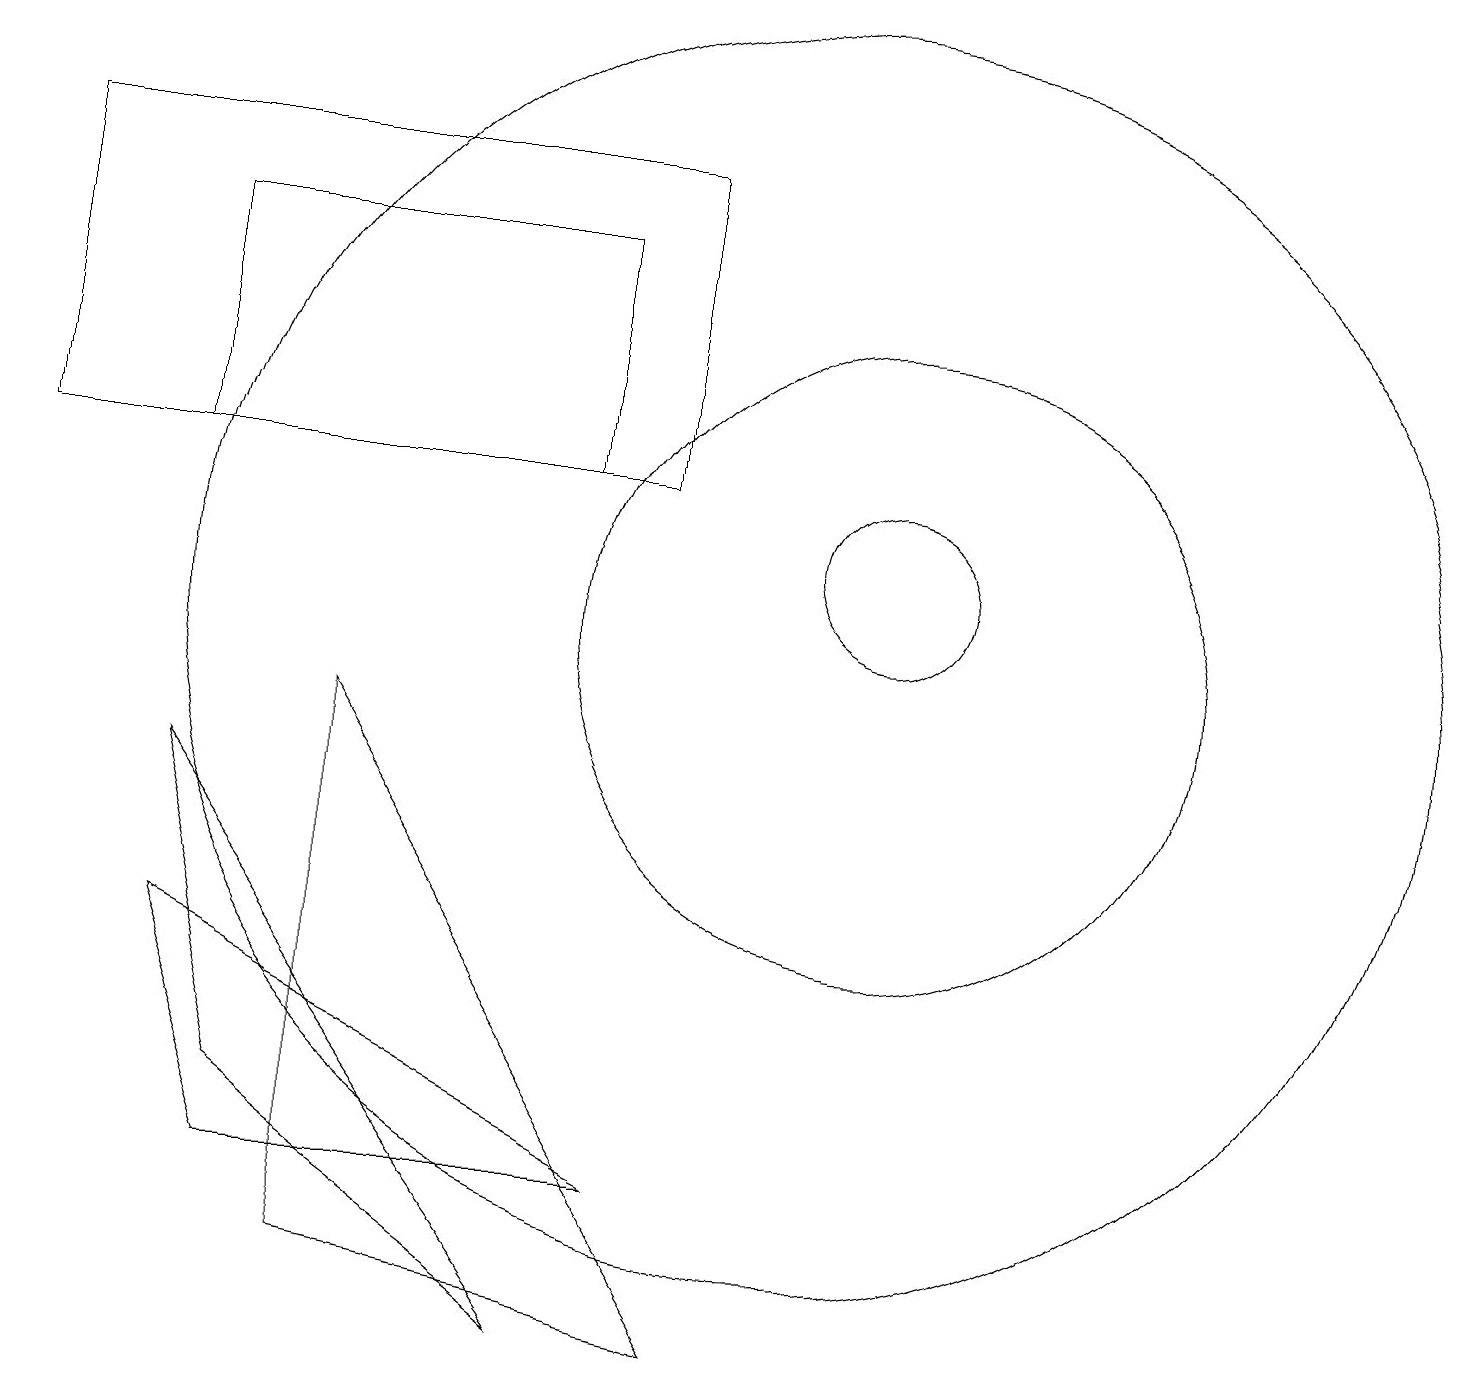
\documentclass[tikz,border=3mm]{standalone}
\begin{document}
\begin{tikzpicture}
\draw (11,10) circle (4);
\draw (11,11) circle (1);
\draw (7,12) rectangle (2,15);
\draw (3,3) -- (8,3) -- (2,6) -- cycle;
\draw (7,1) -- (2,8) -- (3,4) -- cycle;
\draw (10,10) circle (8);
\draw (0,12) rectangle (8,16);
\draw (4,2) -- (9,1) -- (4,9) -- cycle;
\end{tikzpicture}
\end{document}